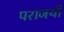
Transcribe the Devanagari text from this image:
पराजयी